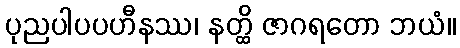
ပုညပါပပဟီနဿ၊ နတ္ထိ ဇာဂရတော ဘယံ။